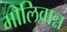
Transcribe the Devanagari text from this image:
मौलिवान्न